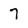
Character: 7